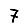
Digit: 7